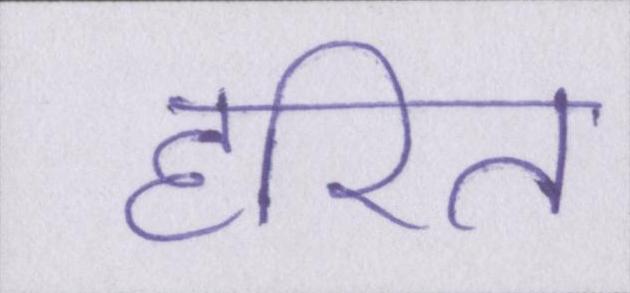
हरित